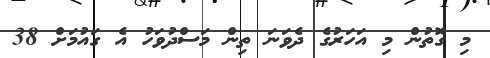
މި ގޮތުން މި އަހަރުގެ ދެވަނަ ތިން މަސްދުވަހު އެ ގައުމަށް 38